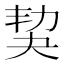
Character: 𡘢